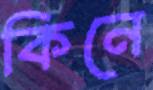
কিনে